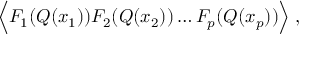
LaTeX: \Big \langle F _ { 1 } ( Q ( x _ { 1 } ) ) F _ { 2 } ( Q ( x _ { 2 } ) ) \dots F _ { p } ( Q ( x _ { p } ) ) \Big \rangle \; ,